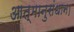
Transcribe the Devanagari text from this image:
आत्मानुसंधान।